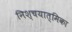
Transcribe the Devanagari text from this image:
निश्चयात्मिका